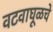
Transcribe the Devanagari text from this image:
वटवाघूळचे